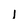
Character: l